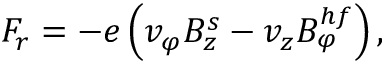
F _ { r } = - e \left( v _ { \varphi } B _ { z } ^ { s } - v _ { z } B _ { \varphi } ^ { h f } \right) ,